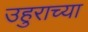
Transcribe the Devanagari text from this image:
उहुराच्या